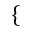
\{